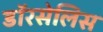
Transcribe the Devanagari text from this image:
डॉरसेलिस